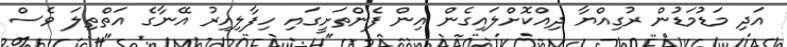
އަދި މަޑުމަޑުން ރުގިއްޔާ ދިއްކޮށްލައިގެން އިން ފެންތަށީގައި ހިފާލިއިރު އޭނާގެ އަތްތިލަ ވެސް